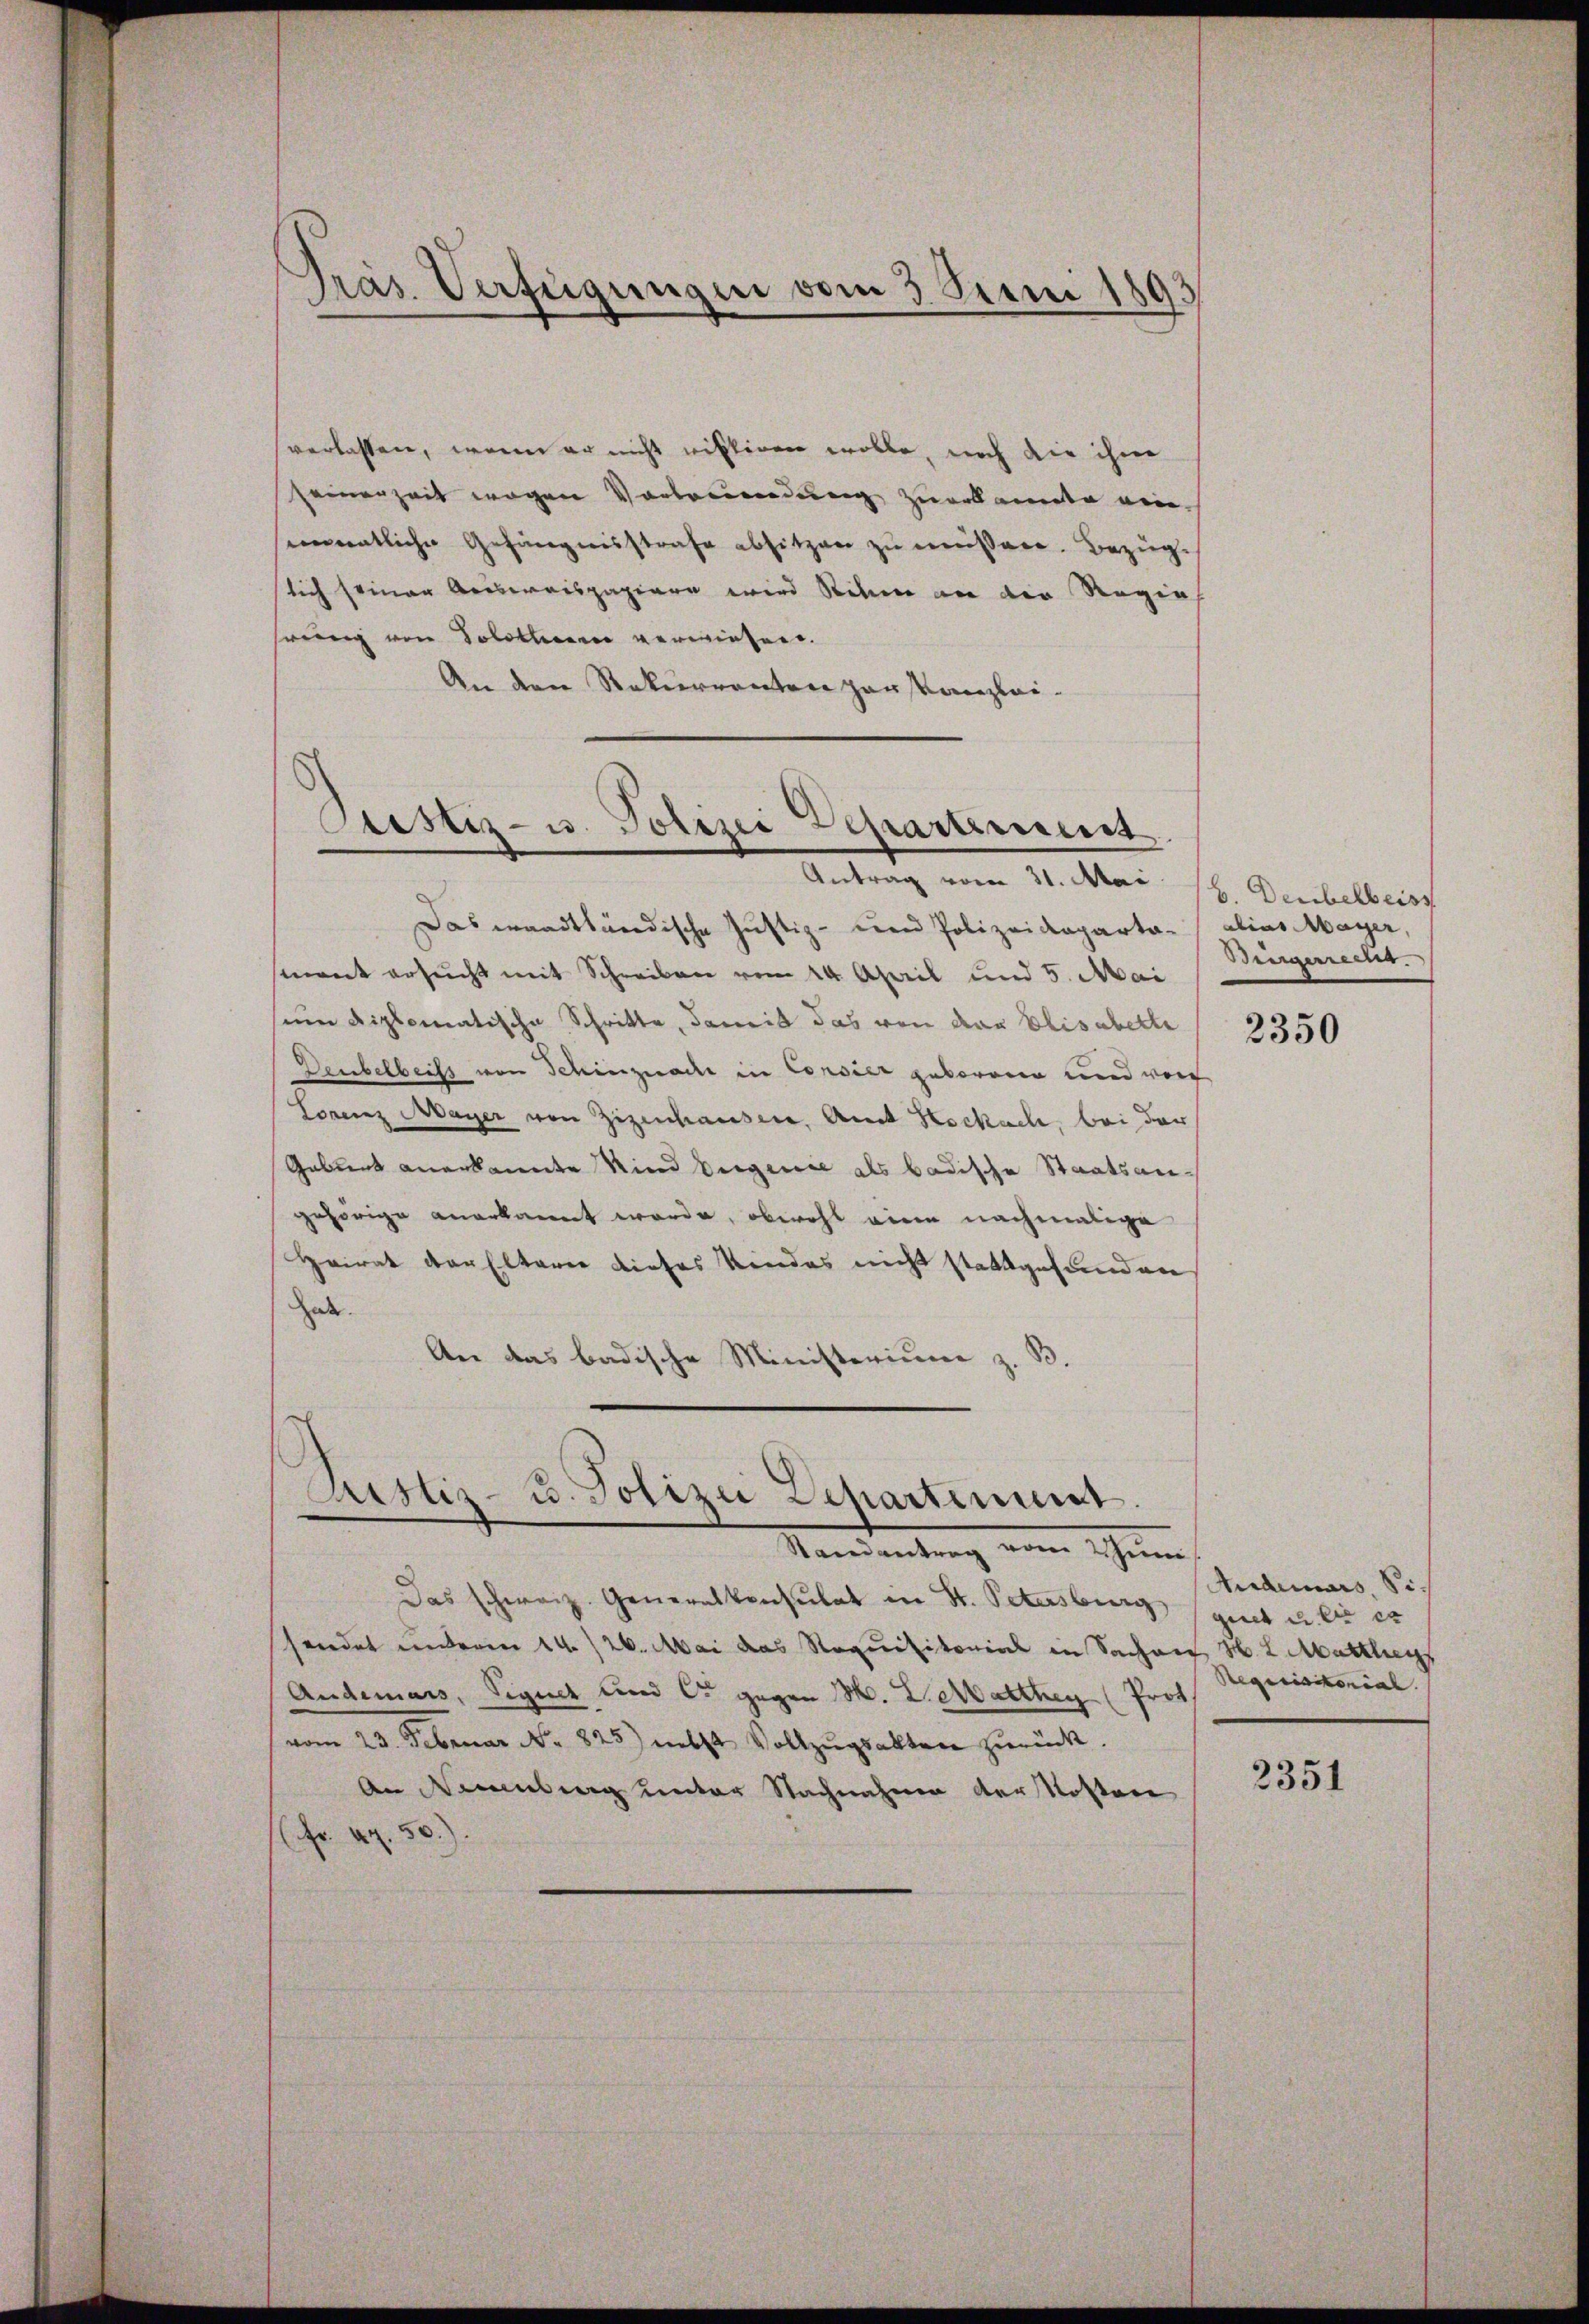
verlassen, wenn er nicht rittiren wolle, noch die ihm
seinerzeit wegen Vortreundung zuerkannte einsementliche Gefängnisstrafe absitzen zu müssere. Bezüglich seiner Ausweispapiere wird Sehne an der Regie
hrung von Solothur verwiesen.
An den Rekurrenten Hauskanzlei-

Präs. Verfügungen vom 3. Juni 1893

Sistiz- u. Polizei Departement
Antrag vom 31. Mai 1. Deubelbers

Das ernadtländische Justiz- und Polizeideparta-
mnent ersucht mit Schreiben vom 14. April und 5. Mai
seine diplomatische Schritte, damit das von der Elisabette
Deubelbeits von Schinznach in Consier geborenen und von
Lorenz Mayer von Zizenhausen, Amt Hochach, bei der
Geburt anerkannte Kind Eigenie als badische Staatsan-
gehörige anerkannt werde, obwohl eine nachmalige
Heirat der Elterer dieses Kindes nicht stattgefunden
Zede
An das badische Ministerium z.
33.

Astiz- u. Polizei Departement.
Randantrag vom Zun

Das schweiz. Generalkonsulat in St. Petersburg (gut u. die er
sendet unteren 14./26. Mai das Requisitorial in Sachen H. L. Marthey
Anderars, Signet und C. gegen M. D. Marthey (Prof.
vom 23. Februar No. 825) nebst Vollzŭgsakten zurück.
An Reinberg unter Nachnahme der Kosten
Fr. 49. 50).

dias Mayer,
Bingerreche.

2350

Anderars, Si¬
Requisitonial

2351